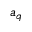
a _ { q }